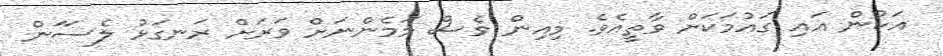
އަކުން އައި ގައުމަކަށް ވާތީއެވެ. މިއިން ވެސް މަމެންނަށް ވަރަށް ރަނގަޅު ލެސަަން